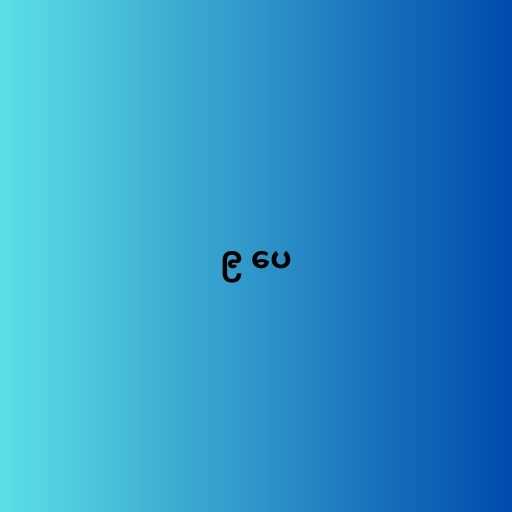
၉ ပေ